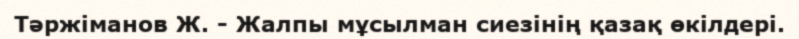
Тәржіманов Ж. - Жалпы мұсылман сиезінің қазақ өкілдері.